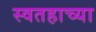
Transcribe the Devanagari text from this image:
स्वतहाच्या